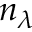
n _ { \lambda }